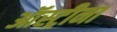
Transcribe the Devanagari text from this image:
ऑस्ट्रीना